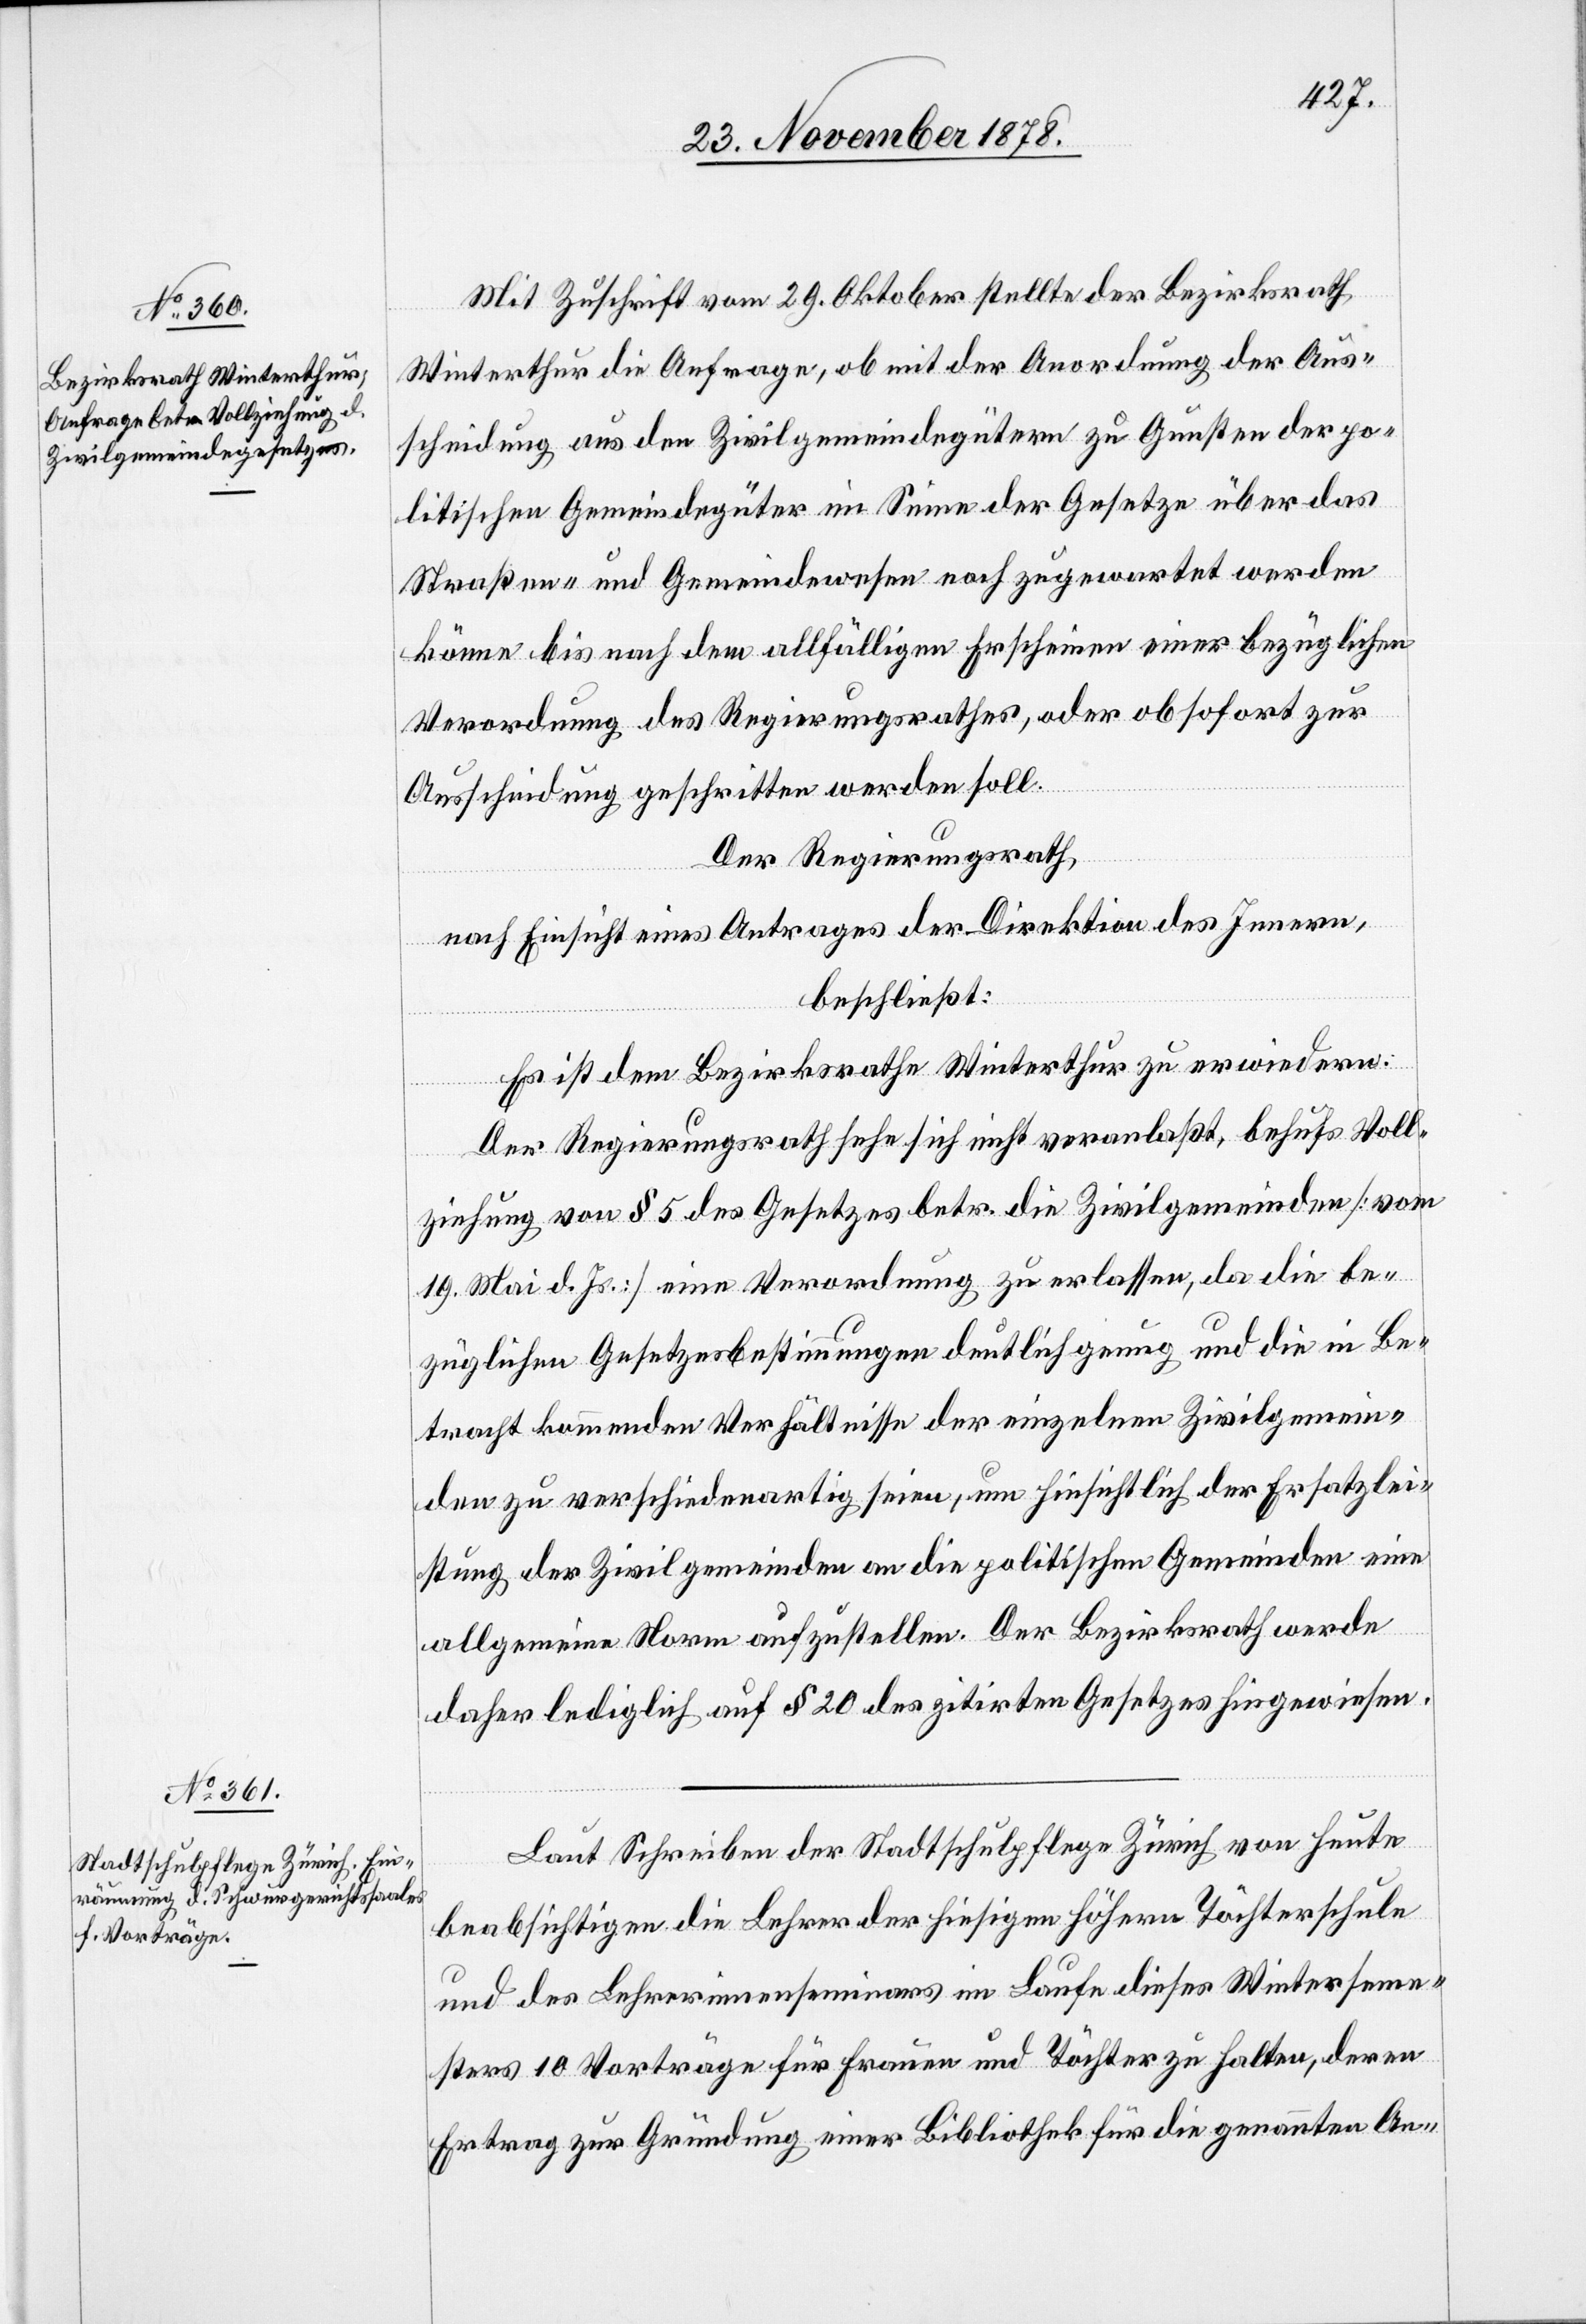
Mit Zuschrift vom 29. Oktober stellte der Bezirksrath
Winterthur die Anfrage, ob mit der Anordnung der Aus¬
scheidung aus den Zivilgemeindegütern zu Gunsten der po¬
litischen Gemeindegüter im Sinne der Gesetze über das
Straßen- und Gemeindewesen noch zugewartet werden
könne bis nach dem allfälligen Erscheinen einer bezüglichen
Verordnung des Regierungsrathes, oder ob sofort zur
Ausscheidung geschritten werden soll.
Der Regierungsrath,
nach Einsicht eines Antrages der Direktion des Innern,
beschließt:
Es ist dem Bezirksrathe Winterthur zu erwiedern:
Der Regierungsrath sehe sich nicht veranlaßt, behufs Voll¬
ziehung von § 5 des Gesetzes betr. die Zivilgemeinden [vom
19. Mai d. Js.] eine Verordnung zu erlassen, da die be¬
züglichen Gesetzesbestimmungen deutlich genug und die in Be¬
tracht kommenden Verhältnisse der einzelnen Zivilgemein¬
den zu verschiedenartig seien, um hinsichtlich der Ersatzlei¬
stung der Zivilgemeinden an die politischen Gemeinden eine
allgemeine Norm aufzustellen. Der Bezirksrath werde
daher lediglich auf § 20 des zitirten Gesetzes hingewiesen.
Laut Schreiben der Stadtschulpflege Zürich von heute
beabsichtigen die Lehrer der hiesigen höhern Töchterschule
und des Lehrerinnenseminars im Laufe dieses Winterseme¬
sters 10 Vorträge für Frauen und Töchter zu halten, deren
Ertrag zur Gründung einer Bibliothek für die genannten An-